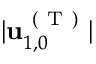
\vert \mathbf { u } _ { 1 , 0 } ^ { \mathrm { ~ ( ~ T ~ ) ~ } } \vert